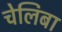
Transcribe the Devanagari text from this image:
चेलिबा